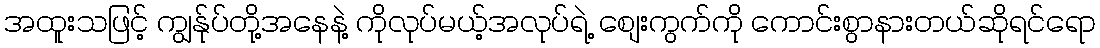
အထူးသဖြင့် ကျွန်ုပ်တို့အနေနဲ့ ကိုလုပ်မယ့်အလုပ်ရဲ့ စျေးကွက်ကို ကောင်းစွာနားတယ်ဆိုရင်ရော